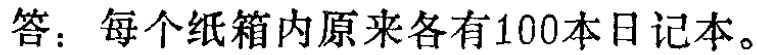
答：每个纸箱内原来各有100本日记本。